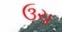
ઉચ